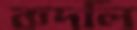
কদলি